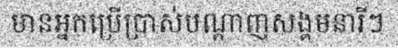
មានអ្នកប្រើប្រាស់បណ្តាញសង្គមនារីៗ